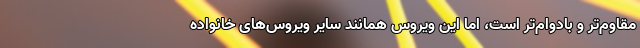
مقاوم‌تر و بادوام‌تر است، اما این ویروس همانند سایر ویروس‌های خانواده